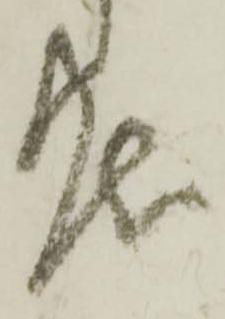
度